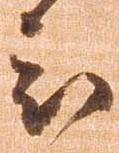
被